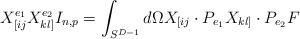
LaTeX: \begin{align*}X^{e_1}_{[ij}X^{e_2}_{kl]}I_{n,p}= \int_{S^{D-1}}d\Omega X_{[ij} \cdot P_{e_1} X_{kl]} \cdot P_{e_2} F\end{align*}